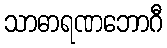
သာဓာရဏဘောဂီ